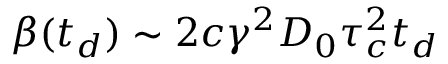
\beta ( t _ { d } ) \sim 2 c \gamma ^ { 2 } D _ { 0 } \tau _ { c } ^ { 2 } t _ { d }